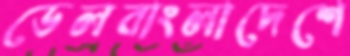
ডেলবাংলাদেশে